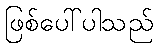
ဖြစ်ပေါ်ပါသည်